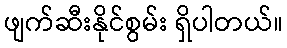
ဖျက်ဆီးနိုင်စွမ်း ရှိပါတယ်။